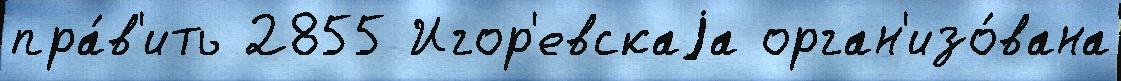
пра́в'ить 2855 Игор'евскаjа орган'изо́вана